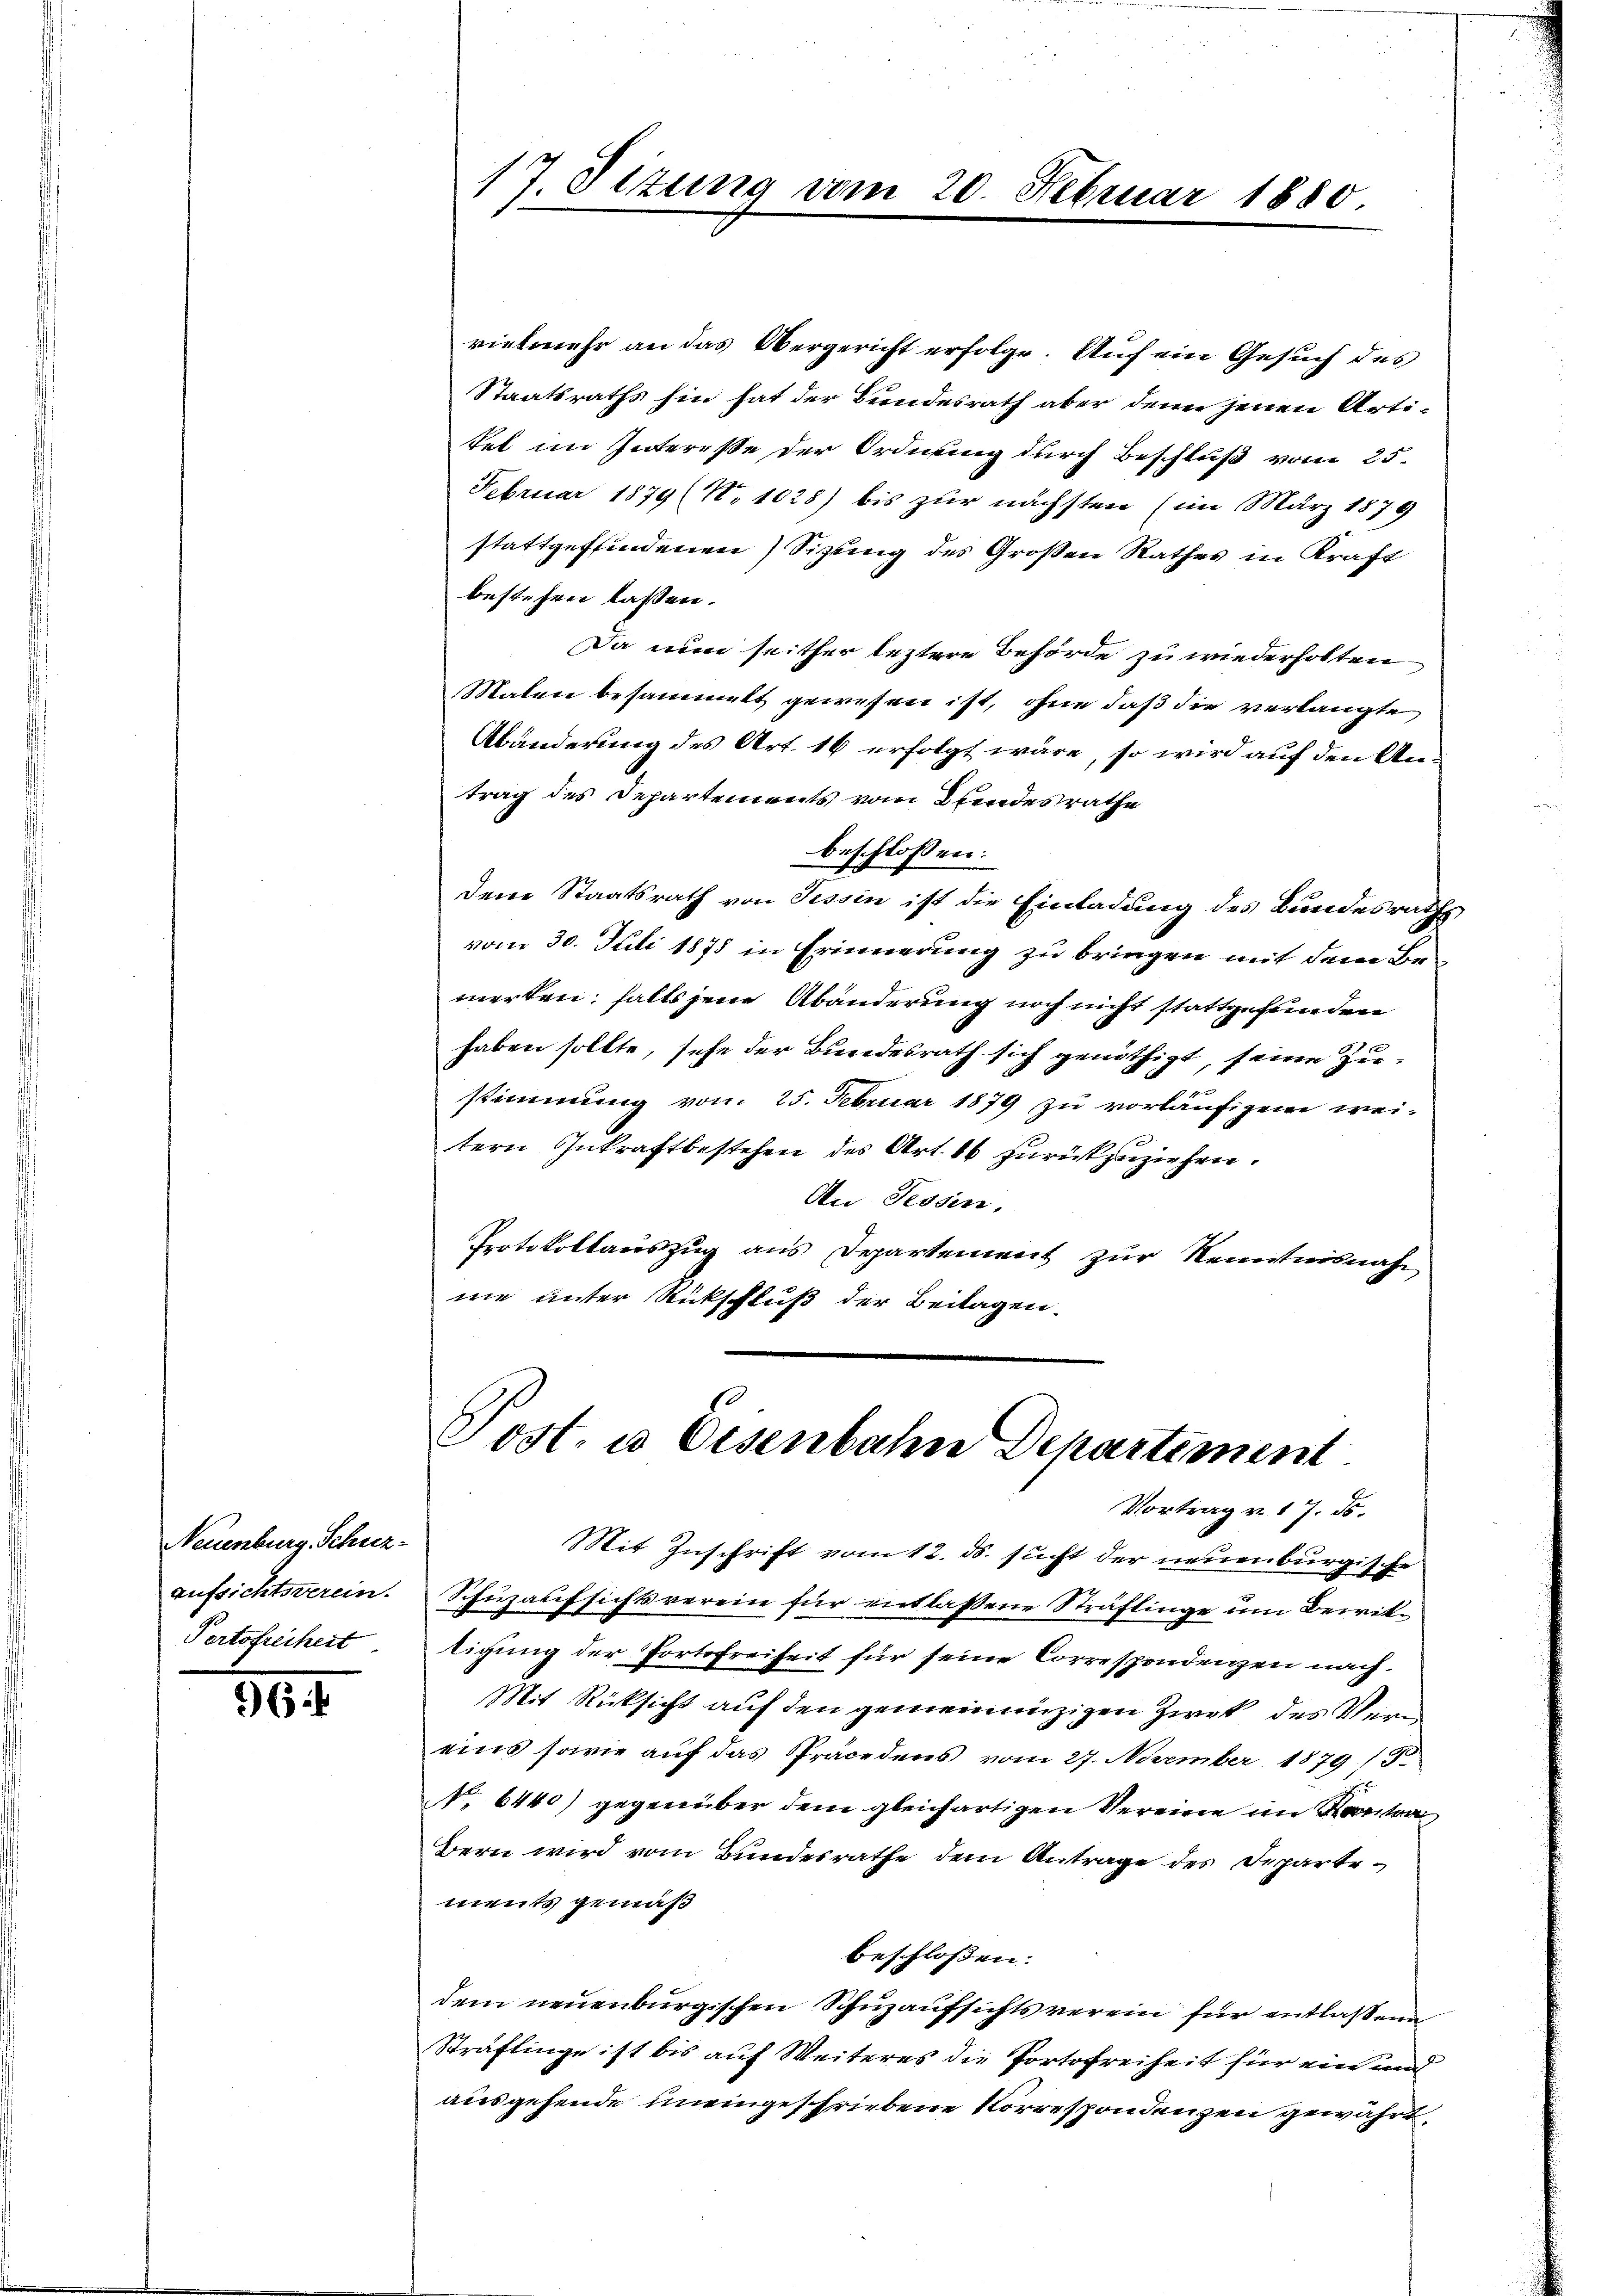
Neuenburg, Schuzaufsichtsverein.
Portofreiheit

6

vielmehr an das Obergericht erfolge. Auf ein Gesuch des
Staatsraths hin hat der Bundesrath aber denn jenen Artitet im Interesse der Ordnung durch Beschluß vom 25.
Februar 1879 (N. 1028) bis zur nächsten (im März 1879
stattgeffindenen Sitzung des Großen Rathes in Kraft
bestehen lassen.
Da nun seither leztere Behörde zu wiederholten
Malen besammett gewesen ist, ohne daß die verlangte
Abänderung des Art. 16 erfolgt wäre, so wird auf den Antrag des Departements vom Beendesrathe
beschlossen:
Dem Staatsrath von Tessin ist die Einladung des Bundesraths
vom 30. Juli 1878 in Erinnerung zu bringen mit dem Bemerten; falls jene Abänderung noch nicht stattgefunden
haben sollte, sehe der Bundesrath sich genöthigt, seine Zustimmung vom 25. Februar 1879 zu vorläufigen wei-
tern Inkraftbestehen des Art. 16 zurückzuziehen.
An Tessin,
Protokollauszug aus Departement zur Kenntnisnah
nie unter Rückschluß der Beitagen.

17 Sizung vom 20. Februar 1880

Post. u. Eisenbahn Departement
Vortrag v. 17. ds.

Mit Zuschrift vom 12. ds. sucht der neuenburgische
Schüzaufsichtsverein für entlassene Sträflinge um Bewiltigung der Portofreiheit für seine Correspondenzen nach
Mit Rücksicht auf den gemeinanzigen Zwek des Verrins sowie auf das Präcedens vom 27. November 1879 / 5.
NNo. 6440) gegenüber dem gleichartigen Vereine im Kontra
Bern wird vom Bundesrathe dem Antrage des Departements gemäß
beschlossen:
dem neuenburgischen Schuzaufsichtsverein für entlassene
Sträflinge ist bis auf Weiteres die Portofreiheit für ein und
ausgehende uneingeschriebene Korrespondenzen gewährt,